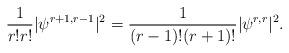
LaTeX: \begin{align*}\frac{1}{r!r!}|\psi^{r+1,r-1}|^2 = \frac{1}{(r-1)!(r+1)!}|\psi^{r,r}|^2.\end{align*}